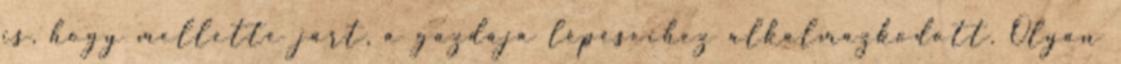
is, hogy mellette járt, a gazdája lépéseihez alkalmazkodott. Olyan